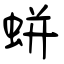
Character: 蛢